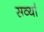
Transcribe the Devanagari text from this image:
सर्व्या